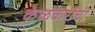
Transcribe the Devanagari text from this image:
केळकरांची